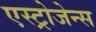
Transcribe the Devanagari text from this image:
एस्ट्रोजेन्स